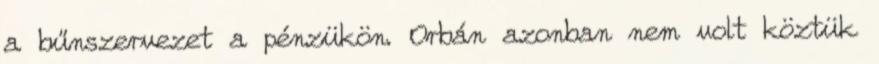
a bűnszervezet a pénzükön. Orbán azonban nem volt köztük